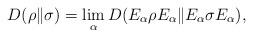
LaTeX: \begin{align*}D(\rho\|\sigma)=\lim_\alpha D(E_\alpha\rho E_\alpha\|E_\alpha\sigma E_\alpha),\end{align*}